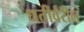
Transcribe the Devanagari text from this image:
धतीर्वरील